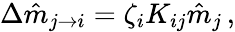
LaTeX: \Delta\hat{m}_{j\rightarrow i}=\zeta_{i}K_{ij}\hat{m}_{j}\, ,